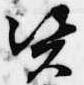
資